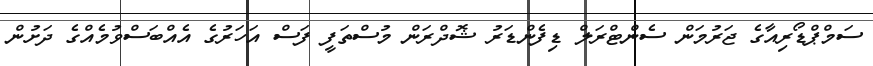
ސަމްޕްޑޯރިއާގެ ޖަރުމަން ސެންޓްރަލް ޑިފެންޑަރު ޝޮދްރަން މުސްތަފީ ފަސް އަހަރުގެ އެއްބަސްވުމެއްގެ ދަށުން